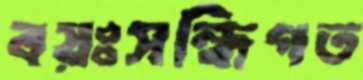
বয়ঃসন্ধিগত